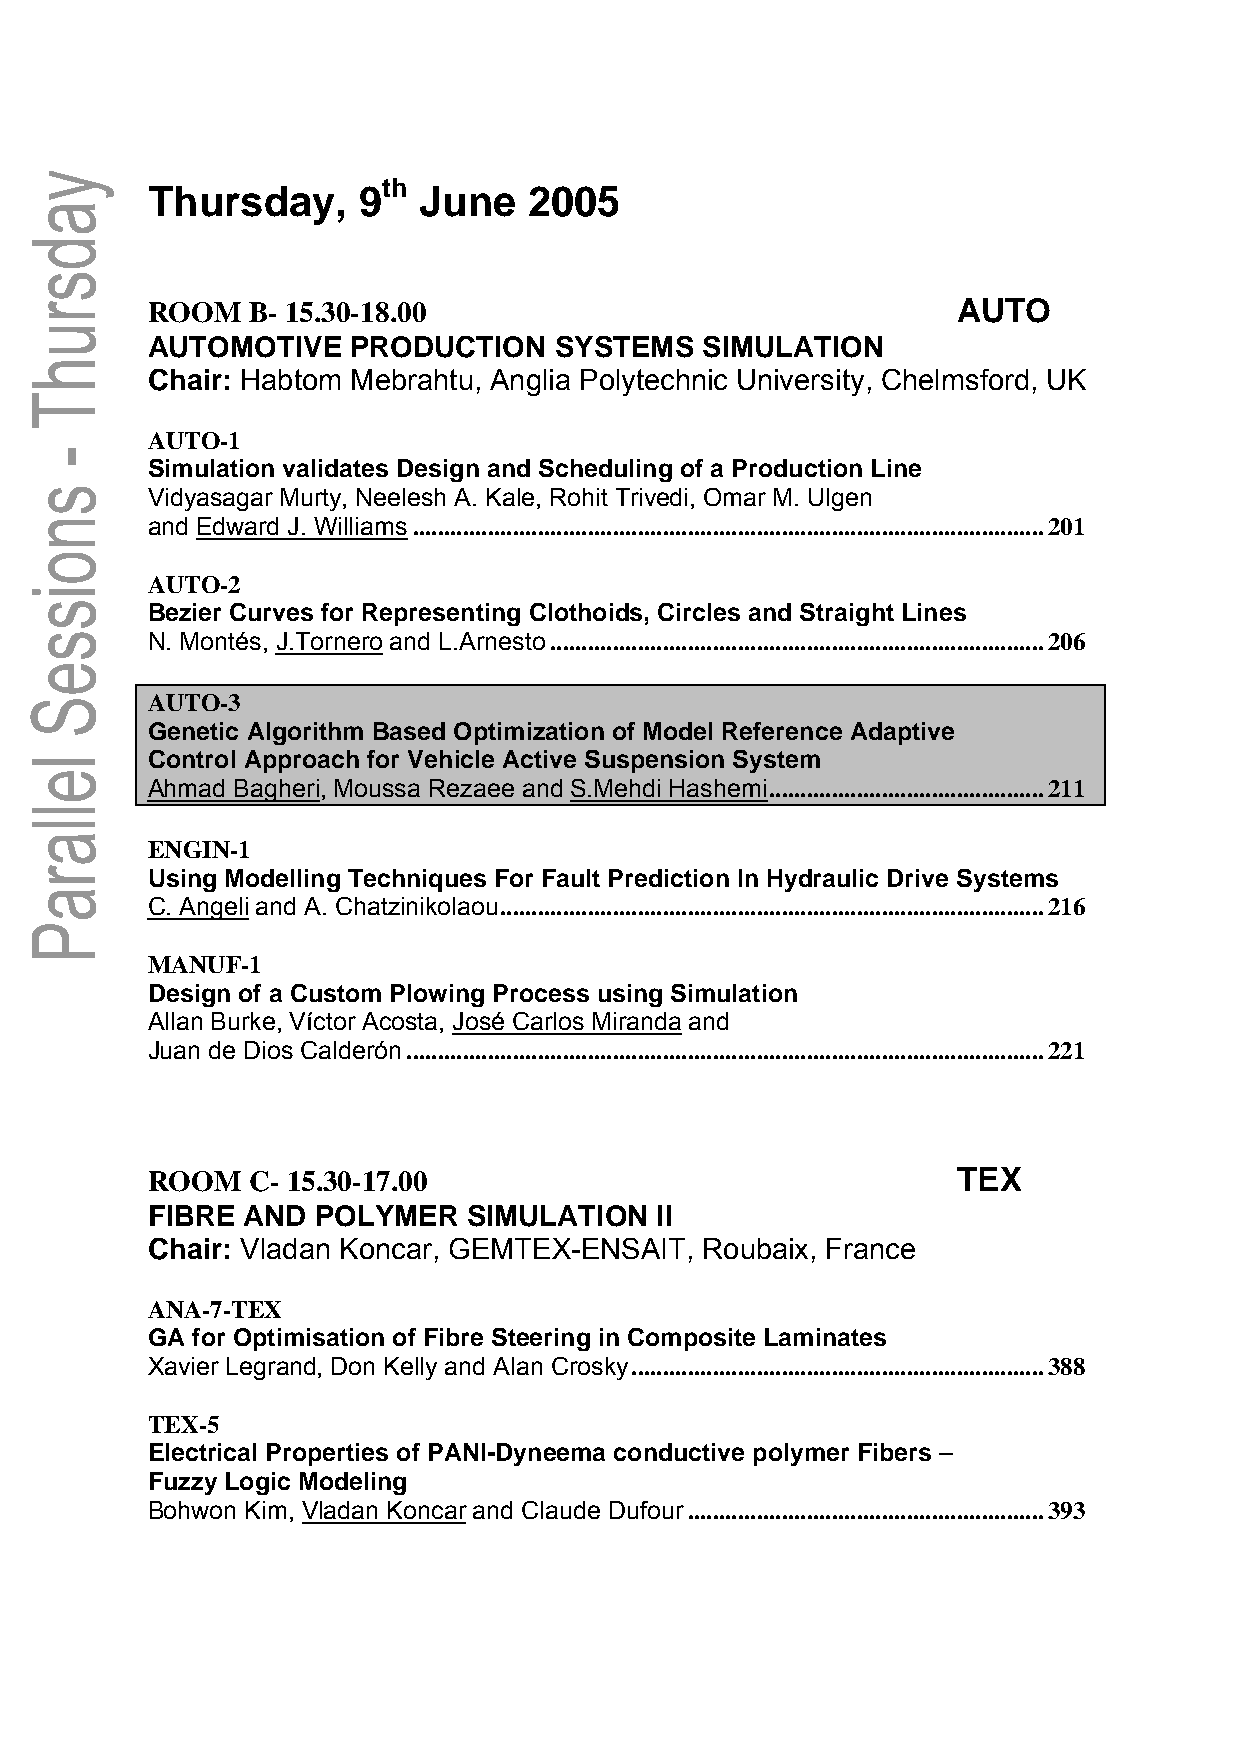
th
 Thursday,     9   June   2005
 ROOM  B- 15.30-18.00                                 AUTO
 AUTOMOTIVE   PRODUCTION    SYSTEMS  SIMULATION
 Chair: Habtom Mebrahtu, Anglia Polytechnic University, Chelmsford, UK
 AUTO-1
 Simulation validates Design and Scheduling of a Production Line
 Vidyasagar Murty, Neelesh A. Kale, Rohit Trivedi, Omar M. Ulgen
 and Edward J. Williams.....................................................................................................201
 AUTO-2
 Bezier Curves for Representing Clothoids, Circles and Straight Lines
 N. Montés, J.Tornero and L.Arnesto...............................................................................206
 AUTO-3
 Genetic Algorithm Based Optimization of Model Reference Adaptive
 Control Approach for Vehicle Active Suspension System
 Ahmad Bagheri, Moussa Rezaee and S.Mehdi Hashemi............................................211
 ENGIN-1
 Using Modelling Techniques For Fault Prediction In Hydraulic Drive Systems
 C. Angeli and A. Chatzinikolaou.......................................................................................216
 MANUF-1
 Design of a Custom Plowing Process using Simulation
 Allan Burke, Víctor Acosta, José Carlos Miranda and
 Juan de Dios Calderón......................................................................................................221
 ROOM  C- 15.30-17.00                                 TEX
 FIBRE AND  POLYMER   SIMULATION  II
 Chair: Vladan Koncar, GEMTEX-ENSAIT, Roubaix, France
 ANA-7-TEX
 GA for Optimisation of Fibre Steering in Composite Laminates
 Xavier Legrand, Don Kelly and Alan Crosky..................................................................388
 TEX-5
 Electrical Properties of PANI-Dyneema conductive polymer Fibers –
 Fuzzy Logic Modeling
 Bohwon Kim, Vladan Koncar and Claude Dufour.........................................................393